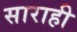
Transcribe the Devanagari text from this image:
साराही